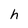
Character: h